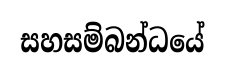
සහසම්බන්ධයේ